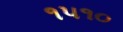
૧૫૧૦